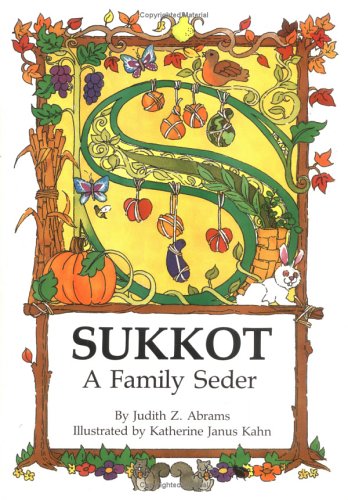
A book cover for Sukkot (Sukkot & Simchat Torah); Judith Z. Abrams; Teen & Young Adult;